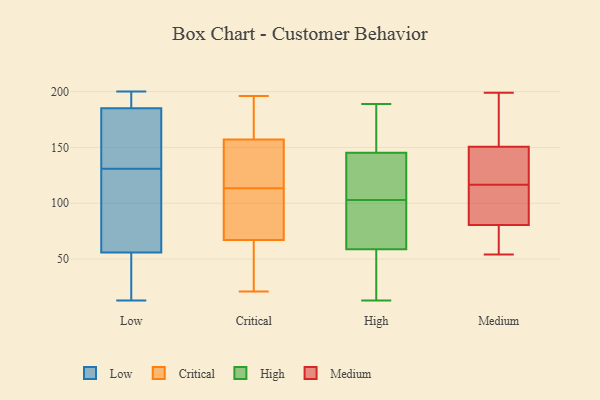
{"axis": {"x": "Inventory Turnover", "y": "Value"}, "legend": ["Critical", "High", "Low", "Medium"], "data": [{"x": "", "y": 196, "type": "Low"}, {"x": "", "y": 181, "type": "Low"}, {"x": "", "y": 179, "type": "Low"}, {"x": "", "y": 98, "type": "Low"}, {"x": "", "y": 44, "type": "Low"}, {"x": "", "y": 13, "type": "Low"}, {"x": "", "y": 192, "type": "Low"}, {"x": "", "y": 103, "type": "Low"}, {"x": "", "y": 135, "type": "Low"}, {"x": "", "y": 33, "type": "Low"}, {"x": "", "y": 187, "type": "Low"}, {"x": "", "y": 127, "type": "Low"}, {"x": "", "y": 181, "type": "Low"}, {"x": "", "y": 35, "type": "Low"}, {"x": "", "y": 25, "type": "Low"}, {"x": "", "y": 183, "type": "Low"}, {"x": "", "y": 190, "type": "Low"}, {"x": "", "y": 68, "type": "Low"}, {"x": "", "y": 104, "type": "Low"}, {"x": "", "y": 200, "type": "Low"}, {"x": "", "y": 160, "type": "Critical"}, {"x": "", "y": 164, "type": "Critical"}, {"x": "", "y": 21, "type": "Critical"}, {"x": "", "y": 79, "type": "Critical"}, {"x": "", "y": 129, "type": "Critical"}, {"x": "", "y": 98, "type": "Critical"}, {"x": "", "y": 151, "type": "Critical"}, {"x": "", "y": 46, "type": "Critical"}, {"x": "", "y": 196, "type": "Critical"}, {"x": "", "y": 154, "type": "Critical"}, {"x": "", "y": 50, "type": "Critical"}, {"x": "", "y": 157, "type": "Critical"}, {"x": "", "y": 88, "type": "Critical"}, {"x": "", "y": 67, "type": "Critical"}, {"x": "", "y": 128, "type": "High"}, {"x": "", "y": 87, "type": "High"}, {"x": "", "y": 56, "type": "High"}, {"x": "", "y": 110, "type": "High"}, {"x": "", "y": 13, "type": "High"}, {"x": "", "y": 151, "type": "High"}, {"x": "", "y": 103, "type": "High"}, {"x": "", "y": 67, "type": "High"}, {"x": "", "y": 189, "type": "High"}, {"x": "", "y": 33, "type": "High"}, {"x": "", "y": 161, "type": "High"}, {"x": "", "y": 54, "type": "Medium"}, {"x": "", "y": 198, "type": "Medium"}, {"x": "", "y": 77, "type": "Medium"}, {"x": "", "y": 153, "type": "Medium"}, {"x": "", "y": 60, "type": "Medium"}, {"x": "", "y": 99, "type": "Medium"}, {"x": "", "y": 199, "type": "Medium"}, {"x": "", "y": 70, "type": "Medium"}, {"x": "", "y": 152, "type": "Medium"}, {"x": "", "y": 124, "type": "Medium"}, {"x": "", "y": 84, "type": "Medium"}, {"x": "", "y": 85, "type": "Medium"}, {"x": "", "y": 133, "type": "Medium"}, {"x": "", "y": 149, "type": "Medium"}, {"x": "", "y": 109, "type": "Medium"}, {"x": "", "y": 128, "type": "Medium"}]}